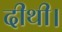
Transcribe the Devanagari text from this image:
दीथी।